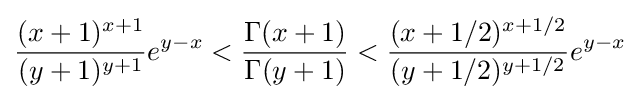
{\frac {(x+1)^{x+1}}{(y+1)^{y+1}}}e^{y-x}<{\frac {\Gamma (x+1)}{\Gamma (y+1)}}<{\frac {(x+1/2)^{x+1/2}}{(y+1/2)^{y+1/2}}}e^{y-x}